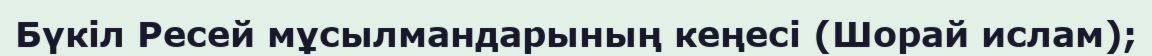
Бүкіл Ресей мұсылмандарының кеңесі (Шорай ислам);